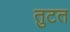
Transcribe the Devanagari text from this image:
तुटत